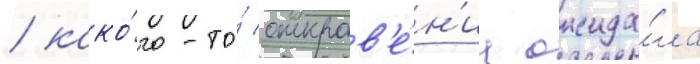
/ како́го-то́ откров'е́н'иа ожида́ла